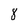
Character: 8